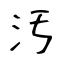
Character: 汚